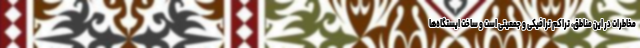
مخاطرات در این مناطق، تراکم ترافیکی و جمعیتی است و ساخت ایستگاه‌ها